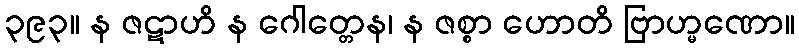
၃၉၃။ န ဇဋာဟိ န ဂေါတ္တေန၊ န ဇစ္စာ ဟောတိ ဗြာဟ္မဏော။